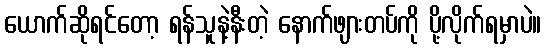
ယောက်ဆိုရင်တော့ ရန်သူနဲ့နီးတဲ့ နောက်ဖျားတပ်ကို ပို့လိုက်ရမှာပဲ။